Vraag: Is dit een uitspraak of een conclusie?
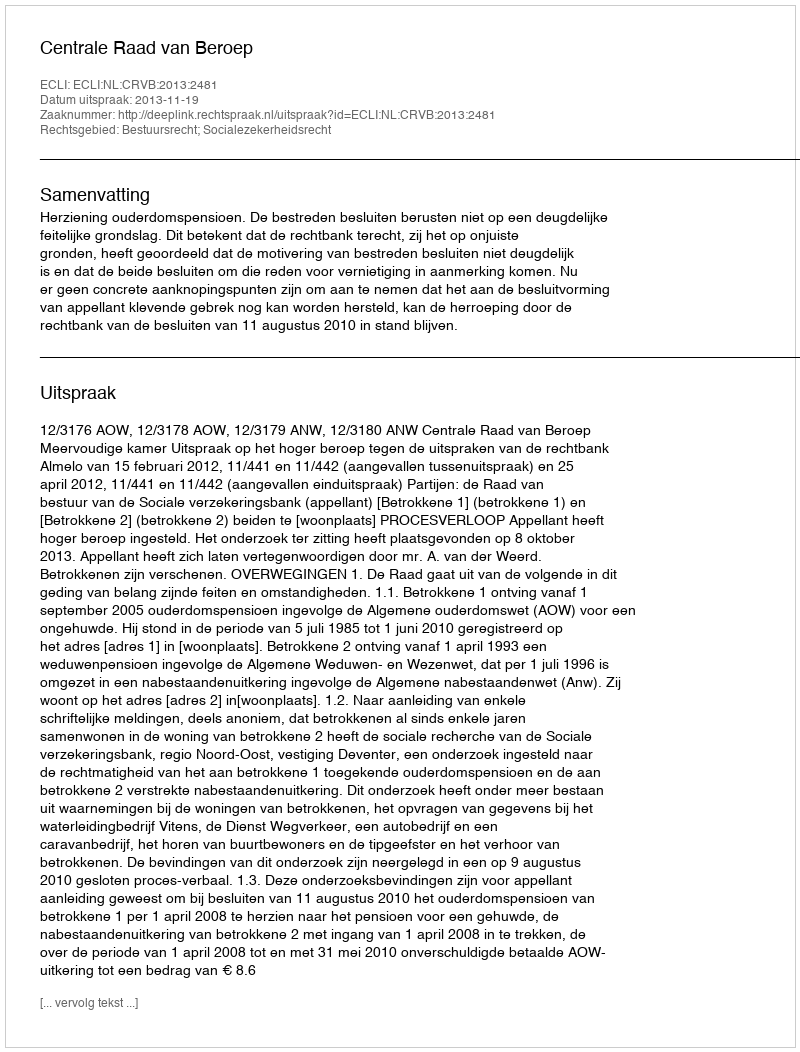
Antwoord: Uitspraak